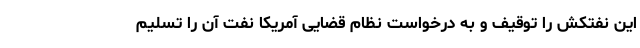
این نفتکش را توقیف و به درخواست نظام قضایی آمریکا نفت آن را تسلیم